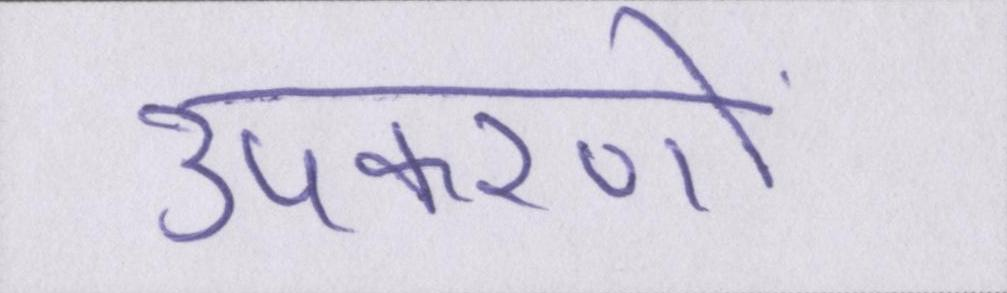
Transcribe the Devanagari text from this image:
उपकरणों